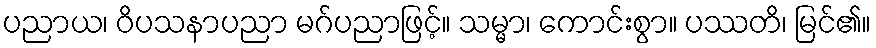
ပညာယ၊ ဝိပသနာပညာ မဂ်ပညာဖြင့်။ သမ္မာ၊ ကောင်းစွာ။ ပဿတိ၊ မြင်၏။